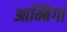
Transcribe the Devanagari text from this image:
आम्बिगा